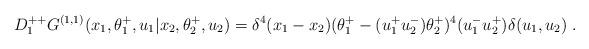
LaTeX: \begin{align*}D^{++}_1 G^{(1,1)} (x_1,\theta^+_1,u_1\vert x_2,\theta^+_2,u_2) = \delta^4(x_1-x_2)(\theta^+_1-(u^+_1u^-_2)\theta^+_2)^4(u^-_1u^+_2)\delta (u_1,u_2)\;.\end{align*}